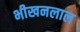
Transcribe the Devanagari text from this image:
भीखनलाल